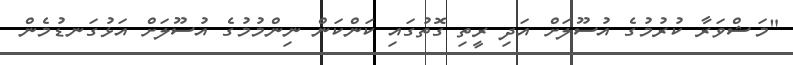
"މަޝްވަރާ ކުރުމުގެ އުސޫލަށް އަދި ރީތި ގޮތުގައި ކަންކަން ނިންމުމުގެ އުސޫލަށް އަޅުގަނޑުމެން